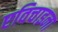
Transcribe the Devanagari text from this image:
एविचाइना